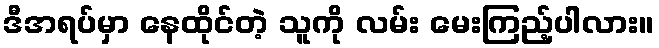
ဒီအရပ်မှာ နေထိုင်တဲ့ သူကို လမ်း မေးကြည့်ပါလား။